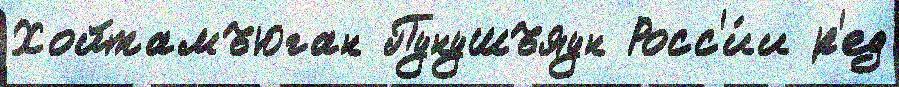
Хойтамъюган Пунушъяун Росс'и́и р'ед